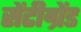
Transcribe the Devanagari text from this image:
सेंटीग्रेंड